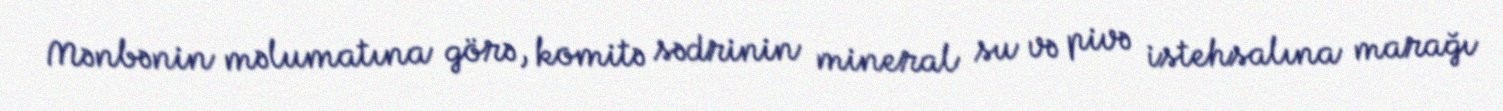
Mənbənin məlumatına görə, komitə sədrinin mineral su və pivə istehsalına marağı